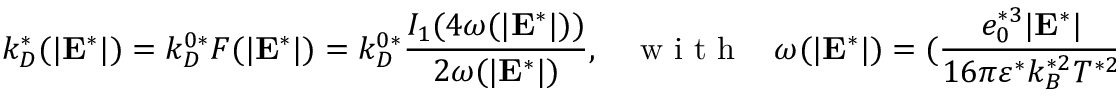
k _ { D } ^ { * } ( | \mathbf { E } ^ { * } | ) = k _ { D } ^ { 0 * } F ( | \mathbf { E } ^ { * } | ) = k _ { D } ^ { 0 * } \frac { I _ { 1 } ( 4 \omega ( | \mathbf { E } ^ { * } | ) ) } { 2 \omega ( | \mathbf { E } ^ { * } | ) } , \ \ \ \ \mathrm { ~ w ~ i ~ t ~ h ~ } \ \ \ \ \omega ( | \mathbf { E } ^ { * } | ) = ( \frac { e _ { 0 } ^ { * 3 } | \mathbf { E } ^ { * } | } { 1 6 \pi \varepsilon ^ { * } k _ { B } ^ { * 2 } T ^ { * 2 } } ) ^ { 1 / 2 } ,